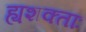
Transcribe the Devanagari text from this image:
ह्यशक्ताः